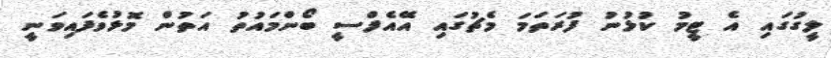
ލީގުގައި އެ ޓީމު ކުޅުނު ފުރަތަމަ މެޗުގައި އޭއެފްސީ ބޯންމައުތު އަތުން މޮޅުވެފައިވަނީ